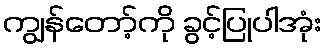
ကျွန်တော့်ကို ခွင့်ပြုပါအုံး